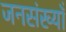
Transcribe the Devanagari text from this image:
जनसंख्याँ